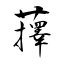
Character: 蘀